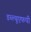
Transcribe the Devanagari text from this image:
डब्ल्यूएफपी